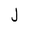
Letter: _lam